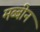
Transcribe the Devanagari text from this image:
मब्बीन